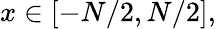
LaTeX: x\in[-N/2,N/2],